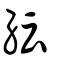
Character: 紜